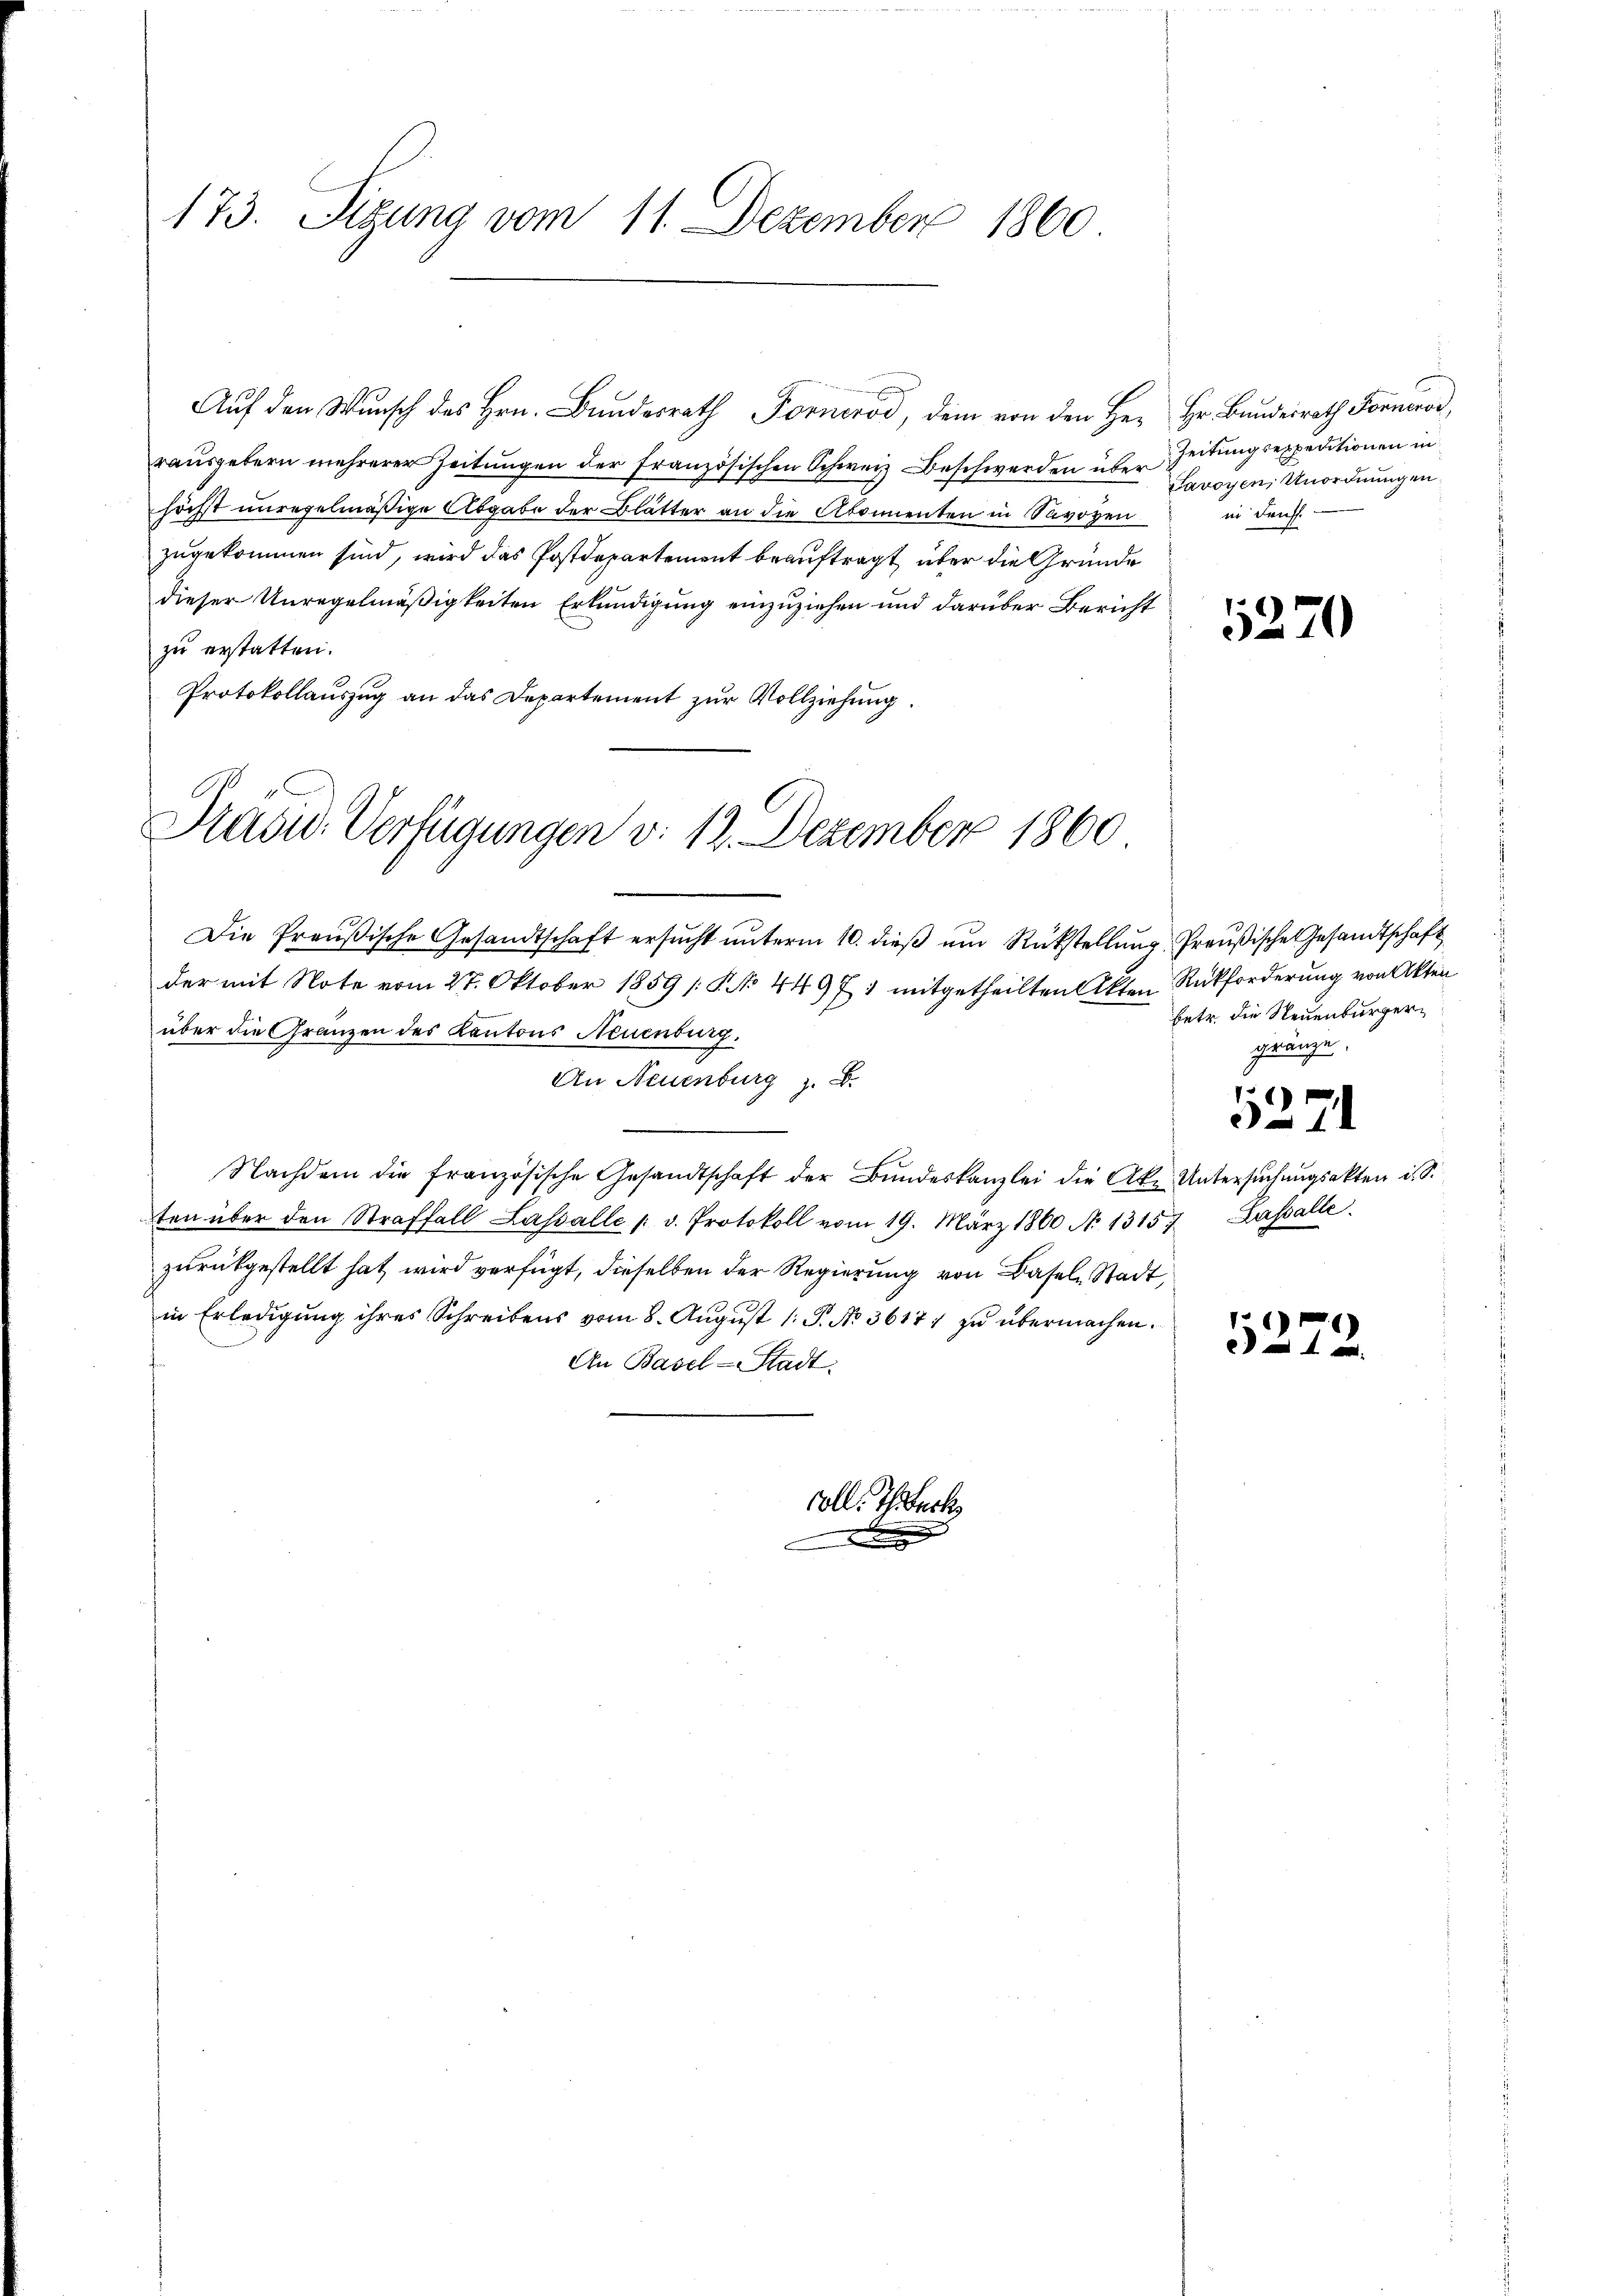
173. Sizung vom 11. Dezember 1860

Auf den Wunsch des Hrn. Bundesrath Fornrod, dem von den Her Hr. Bundesrath Forneros,
raŭsgebern mehrerer Zeitungen der französischen Schweiz Beschwerden über Zeitungsexpeditionen in
höchst unregelmäßige Abgabe der Blätter an die Abonnenten in Savoyen
zugekommen sind, wird das Postdepartement beauftragt, über die Gründe
dieser Unregelmäßigkeiten Erkundigung einzuziehen und darüber Bericht
zu erstatten.
Protokollauszug an das Departement zur Vollziehung.

Präsid. Verfügungen d. 12. Dezember 1860

Die Preußische Gesandtschaft ersŭcht ŭnterm 10. dieβ ŭm Rückstellŭng. Preußische Gesandtschaft
der mit Note vom 27. Oktober 1859 [N. N. 44971 mitgetheilten Akten Rückforderung von Akten
über die Gränzen des Kantons Neuenburg.
An Neuenburg z. B.
Nachdem die französische Gesandtschaft der Bŭndeskanzlei die Ake. Untersŭchŭngsakten ist.
ten über den Straffall Lassalle 1 v. Protokoll vom 19. März 1860 N. 13157 Lassalle.
zurückgestellt hat wird verfügt, dieselben der Regierung von Basel Stadt,
in Erledigung ihres Schreibens vom 8. August 1. P. No 3617; zu übermachen.
An Basel-Stadt.
soll. Ich back

Javoyen, Unordnungen
in Kauf.

5270

betr. die Steuenburgergränze.

)
3-71

111